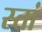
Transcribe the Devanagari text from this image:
स्तां